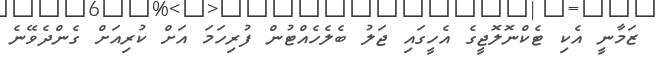
ޒަމާނީ އެކި ޓެކްނޮލޮޖީގެ އެހީގައި ޖަލު ބެލެހެއްޓުން ފުރިހަމަ އަށް ކުރިއަށް ގެންދެވޭނެ